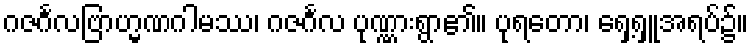
ဂဇင်္ဂလဗြာဟ္မဏဂါမဿ၊ ဂဇင်္ဂလ ပုဏ္ဏားရွာ၏။ ပုရတော၊ ရှေ့ရှူအရပ်၌။